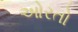
ઓરતો